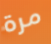
مرة